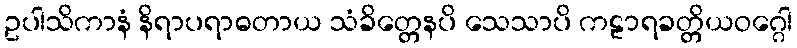
ဥပါသိကာနံ နိရာပရာဓတာယ သံခိတ္တေနပိ သေသာပိ ကဠာရခတ္တိယဝဂ္ဂေါ